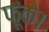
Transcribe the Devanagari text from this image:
फूंके।